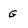
Character: G